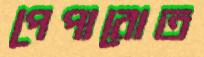
পেপারোত